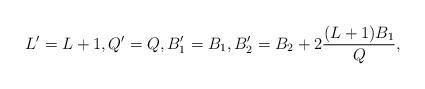
LaTeX: \begin{align*} L' = L+1, Q' = Q, B'_1 = B_1, B'_2 = B_2 + 2 \frac{(L+1)B_1}{Q},\end{align*}